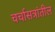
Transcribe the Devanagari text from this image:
चर्चासत्रांतील